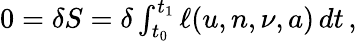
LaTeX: \begin{array}{r}{0=\delta S=\delta\int_{t_{0}}^{t_{1}}\ell(u,n,\nu,a)\, dt\, ,}\end{array}